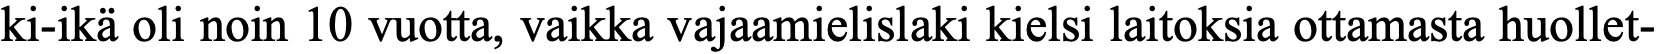
ki-ikä oli noin 10 vuotta, vaikka vajaamielislaki kielsi laitoksia ottamasta huollet-